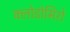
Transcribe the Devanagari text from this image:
क्लोडोमिरो